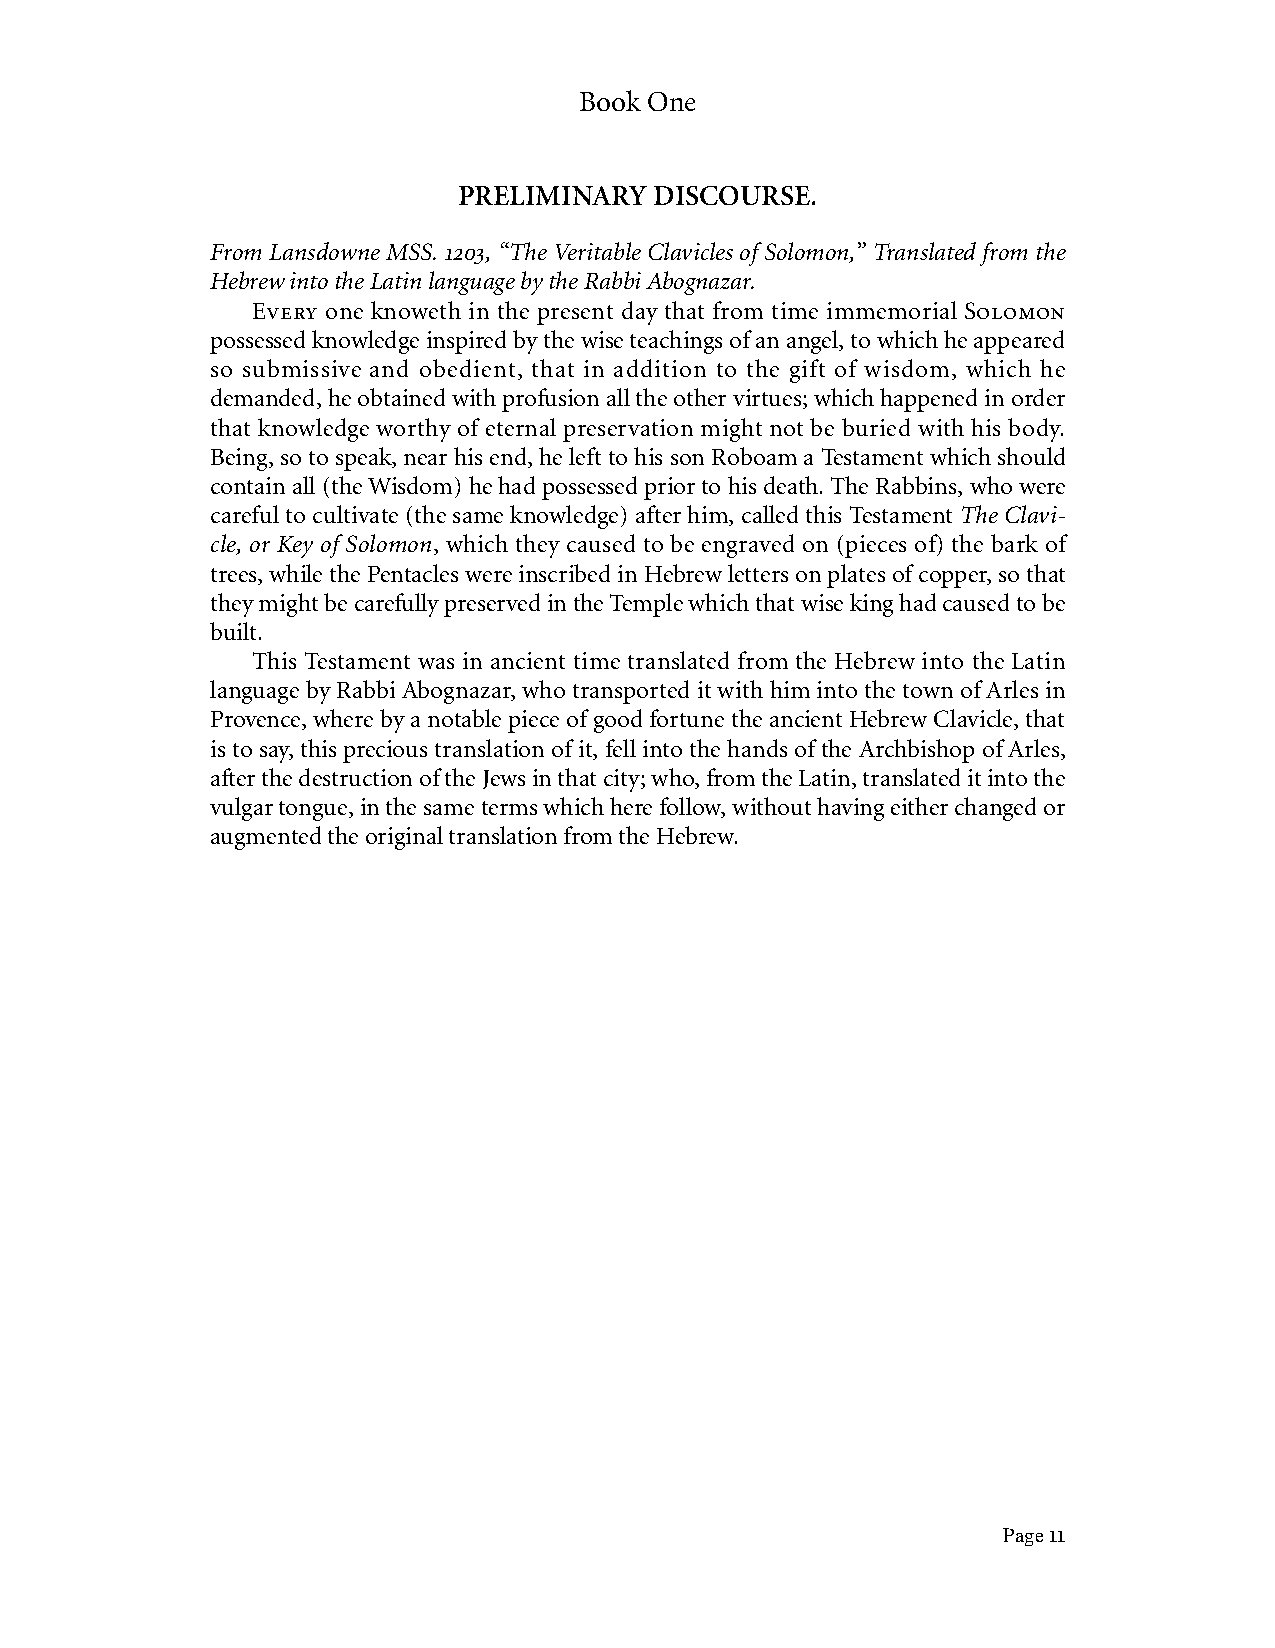
Book One
 PRELIMINARY  DISCOURSE.
 From Lansdowne MSS. 1203, “The Veritable Clavicles of Solomon,” Translated from the
 Hebrew into the Latin language by the Rabbi Abognazar.
 Every one knoweth in the present day that from time immemorial Solomon
 possessed knowledge inspired by the wise teachings of an angel, to which he appeared
 so submissive and obedient, that in addition to the gift of wisdom, which he
 demanded, he obtained with profusion all the other virtues; which happened in order
 that knowledge worthy of eternal preservation might not be buried with his body.
 Being, so to speak, near his end, he left to his son Roboam a Testament which should
 contain all (the Wisdom) he had possessed prior to his death. The Rabbins, who were
 careful to cultivate (the same knowledge) after him, called this Testament The Clavi-
 cle, or Key of Solomon, which they caused to be engraved on (pieces of) the bark of
 trees, while the Pentacles were inscribed in Hebrew letters on plates of copper, so that
 they might be carefully preserved in the Temple which that wise king had caused to be
 built.
 This Testament was in ancient time translated from the Hebrew into the Latin
 language by Rabbi Abognazar, who transported it with him into the town of Arles in
 Provence, where by a notable piece of good fortune the ancient Hebrew Clavicle, that
 is to say, this precious translation of it, fell into the hands of the Archbishop of Arles,
 after the destruction of the Jews in that city; who, from the Latin, translated it into the
 vulgar tongue, in the same terms which here follow, without having either changed or
 augmented the original translation from the Hebrew.
 Page 11